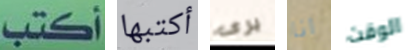
أكتب أكتبها يرى انا الوقت